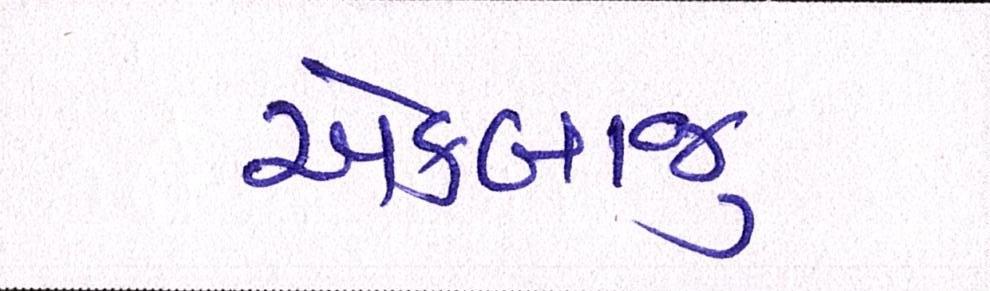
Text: એકબાજુ